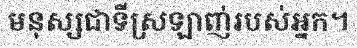
មនុស្សជាទីស្រឡាញ់របស់អ្នក។